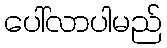
ပေါ်လာပါမည်